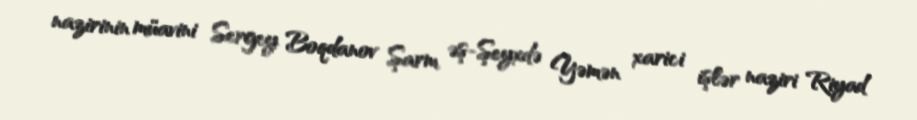
nazirinin müavini Sergey Boqdanov Şarm əş-Şeyxdə Yəmən xarici işlər naziri Riyad